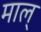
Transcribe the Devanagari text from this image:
माल्